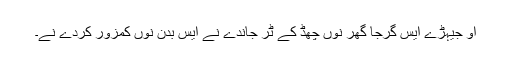
اُو جیہڑے ایس گرجا گھر نوں چھڈ کے ٹُر جاندے نے ایس بدن نوں کمزور کردے نے۔